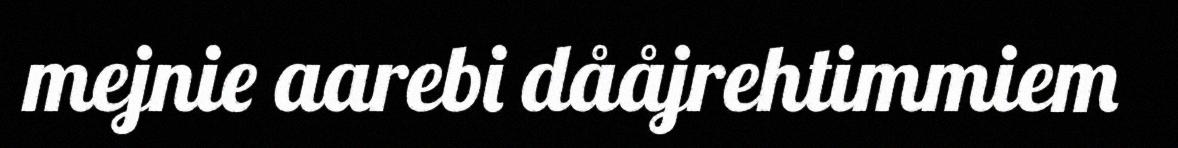
mejnie aarebi dååjrehtimmiem